Vaccination North-Western Provinces and Oudh 1878-1895 - 1878-1895
Year: 1878
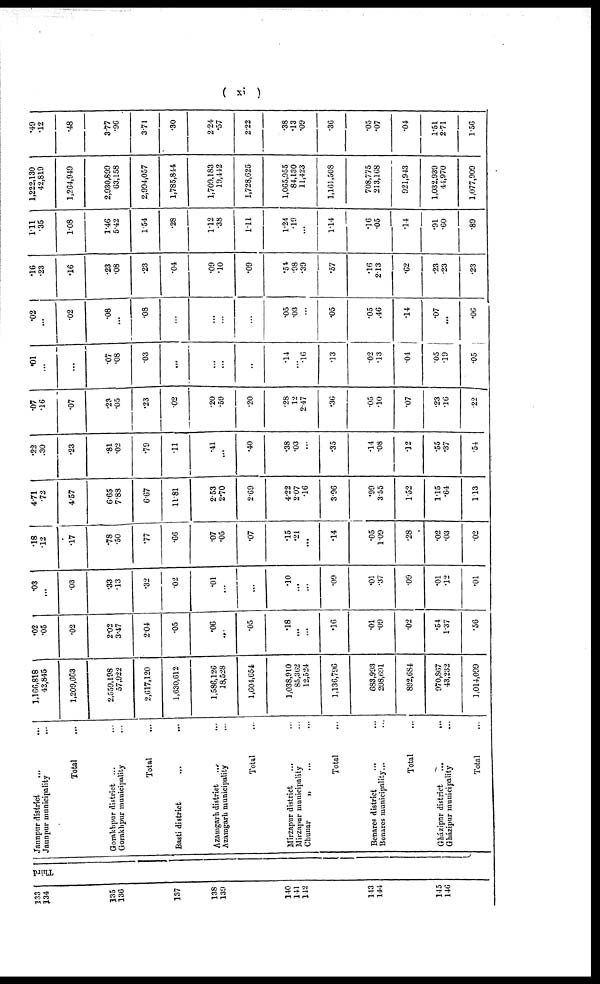
( xi )
133
134
135
136
137
138
130
140
141
142
143
145
146
Third
Jaunpur district
... ...
Jaunpur municipality ...
Total ...
Gorakhpur district ... ...
Gorakhpur municipality ...
Total ...
Basti district
...
...
Azamgarh district ... ...
Azamgarh municipality ...
Total ...
Mirzapur district ... ...
Mirzapur municipality ...
Chunar
„ ... ...
Total ...
Benares district ... ...
Benares municipality... ...
Total ...
Gházipur district
...
...
Gházipur municipality ...
Total ...
1,166,818
42,845
1,209,663
2,559,198
57,922
2,617,120
1,630,612
1,586,126
18,528
1,604,654
1,038,910
85,362
12,524
1,136,796
683,993
208,691
892,684
970,867
43,232
1,014,099
.02
.05
.02
2.02
3.47
2.04
.05
.06
..
.05
.18
...
...
.16
.01
.09
.02
.54
1.37
.56
.03
...
.03
.33
.13
.32
.02
.01
...
...
.10
...
...
.09
.01
.37
.09
.01
.12
.01
.18
.12
.17
.78
.50
.77
.66
.07
.05
.07
.15
.21
...
.14
.05
1.09
.28
.02
.03
.02
4.71
.72
4.57
6.65
7.88
6.67
11.81
2.53
2.70
2.69
4.22
2.07
.16
3.96
.99
3.55
1.52
1.15
.64
1.13
.22
.30
.23
.81
.02
.79
.11
.41
...
.40
.38
.03
...
.35
.14
.08
.12
.55
.37
.54
.07
.16
.07
.23
.05
.23
.02
.20
.59
.20
.28
12
2.47
.36
.05
.10
.07
.23
.16
.22
.01
...
...
.07
.08
.03
...
...
...
...
.14
...
.16
.13
.02
.13
.04
.05
.19
.05
.02
...
.02
.08
...
.08
...
...
...
...
.05
.03
...
.05
.05
.46
.14
.07
...
.06
.16
.23
.16
.23
.08
.23
.04
.09
.10
.09
.54
.98
.39
.57
.16
2.13
.62
.23
.23
.23
1.11
.35
1.08
1.46
5.42
1.54
.28
1.12
.38
1.11
1.24
.19
...
1.14
.16
.05
.14
.91
.60
.89
1,222,130
42,819
1,264,949
2,930,899
63,158
2,994,057
1,785,844
1,709,183
19,442
1,728,625
1,065,955
84,130
11,423
1,161,508
708,775
213,168
921,943
1,032,939
44,970
1,077,909
.49
.12
.48
3.77
.96
3.71
.30
2.24
.57
2.22
.38
.13
.09
.36
.05
.07
.04
1.51
2.71
1.56